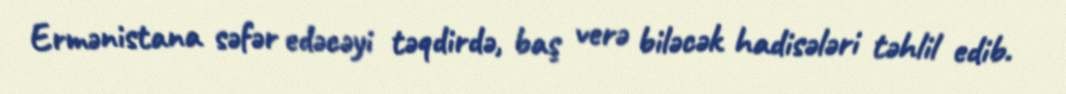
Ermənistana səfər edəcəyi təqdirdə, baş verə biləcək hadisələri təhlil edib.